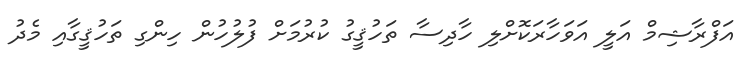
އަފްރާޝިމް އަލީ އަވަހާރަކޮށްލި ހާދިސާ ތަހުޤީގު ކުރުމަށް ފުލުހުން ހިންގި ތަހުޤީގާއި މެދު